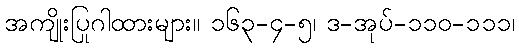
အကျိုးပြဂါထားများ။ ၁၆၃-၄-၅၊ ဒု-အုပ်-၁၁၀-၁၁၁၊